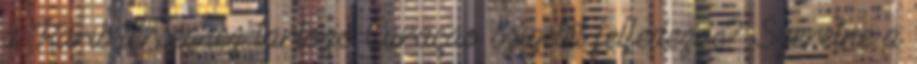
a Karib térséghez tartozó Curaçao szigetét felfedezze? Szeretne a